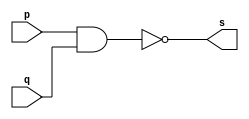
// Exercicio01 - NAND 
// Nome: Roger Rubens Machado 

// -- nand gate

module nandgate (output s, input p, input q);
 assign s = (~(p & q));
endmodule // nandgate

module testnandgate;
 reg a, b;
 wire s;
 
nandgate NAND1 (s, a, b);

initial begin: start
	a = 0;
	b = 0;
end

initial begin: main
	$display("Exercicio01 - Roger Rubens Machado - 430533"); 
	$display("Test nand gate");
	$display("\n(~(a & b)) = s\n");
	a = 0; b = 0;
	#1 $display("(~(%b & %b)) = %b", a, b, s);
	a = 0; b = 1; 
	#1 $display("(~(%b & %b)) = %b", a, b, s); 
	a = 1; b = 0; 
	#1 $display("(~(%b & %b)) = %b", a, b, s); 
	a = 1; b = 1; 
	#1 $display("(~(%b & %b)) = %b", a, b, s);
end
endmodule // testnandgate